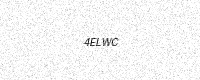
Text: 4ELWC